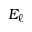
E _ { \ell }